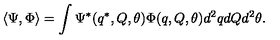
\langle \Psi , \Phi \rangle = \int \Psi ^ { * } ( q ^ { * } , Q , \theta ) \Phi ( q , Q , \theta ) d ^ { 2 } q d Q d ^ { 2 } \theta .